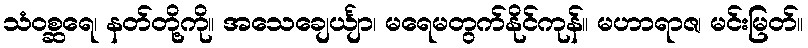
သံဝစ္ဆရေ၊ နတ်တို့ကို။ အသေချေင်္ယျာ၊ မရေမတွက်နိုင်ကုန်။ မဟာရာဇ၊ မင်းမြတ်။